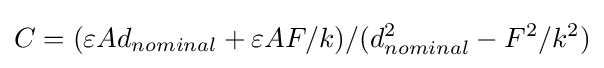
C=(\varepsilon Ad_{nominal}+\varepsilon AF/k)/(d_{nominal}^{2}-F^{2}/k^{2})